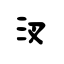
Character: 汊